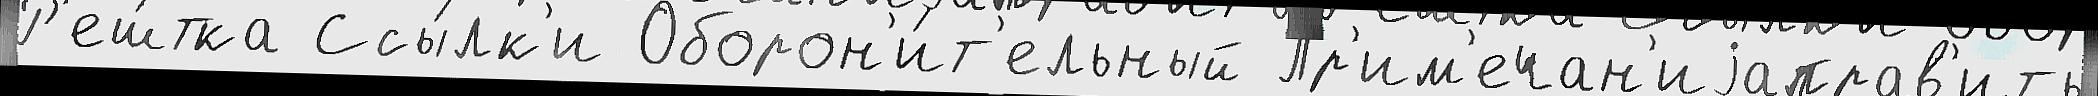
Р'еш́тка Ссы́лк'и Оборон'и́т'ельный Пр'им'ечан'иjаправ'ить